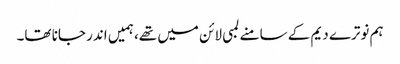
ہم نوترے دیم کے سامنے لمبی لائن میں تھے، ہمیں اندر جانا تھا۔